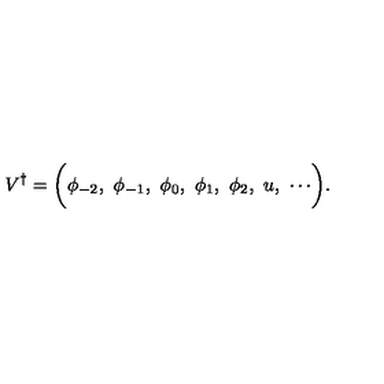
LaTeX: V ^ { \dagger } = \biggl ( \phi _ { - 2 } , \ \phi _ { - 1 } , \ \phi _ { 0 } , \ \phi _ { 1 } , \ \phi _ { 2 } , \ u , \ \cdots \biggr ) .